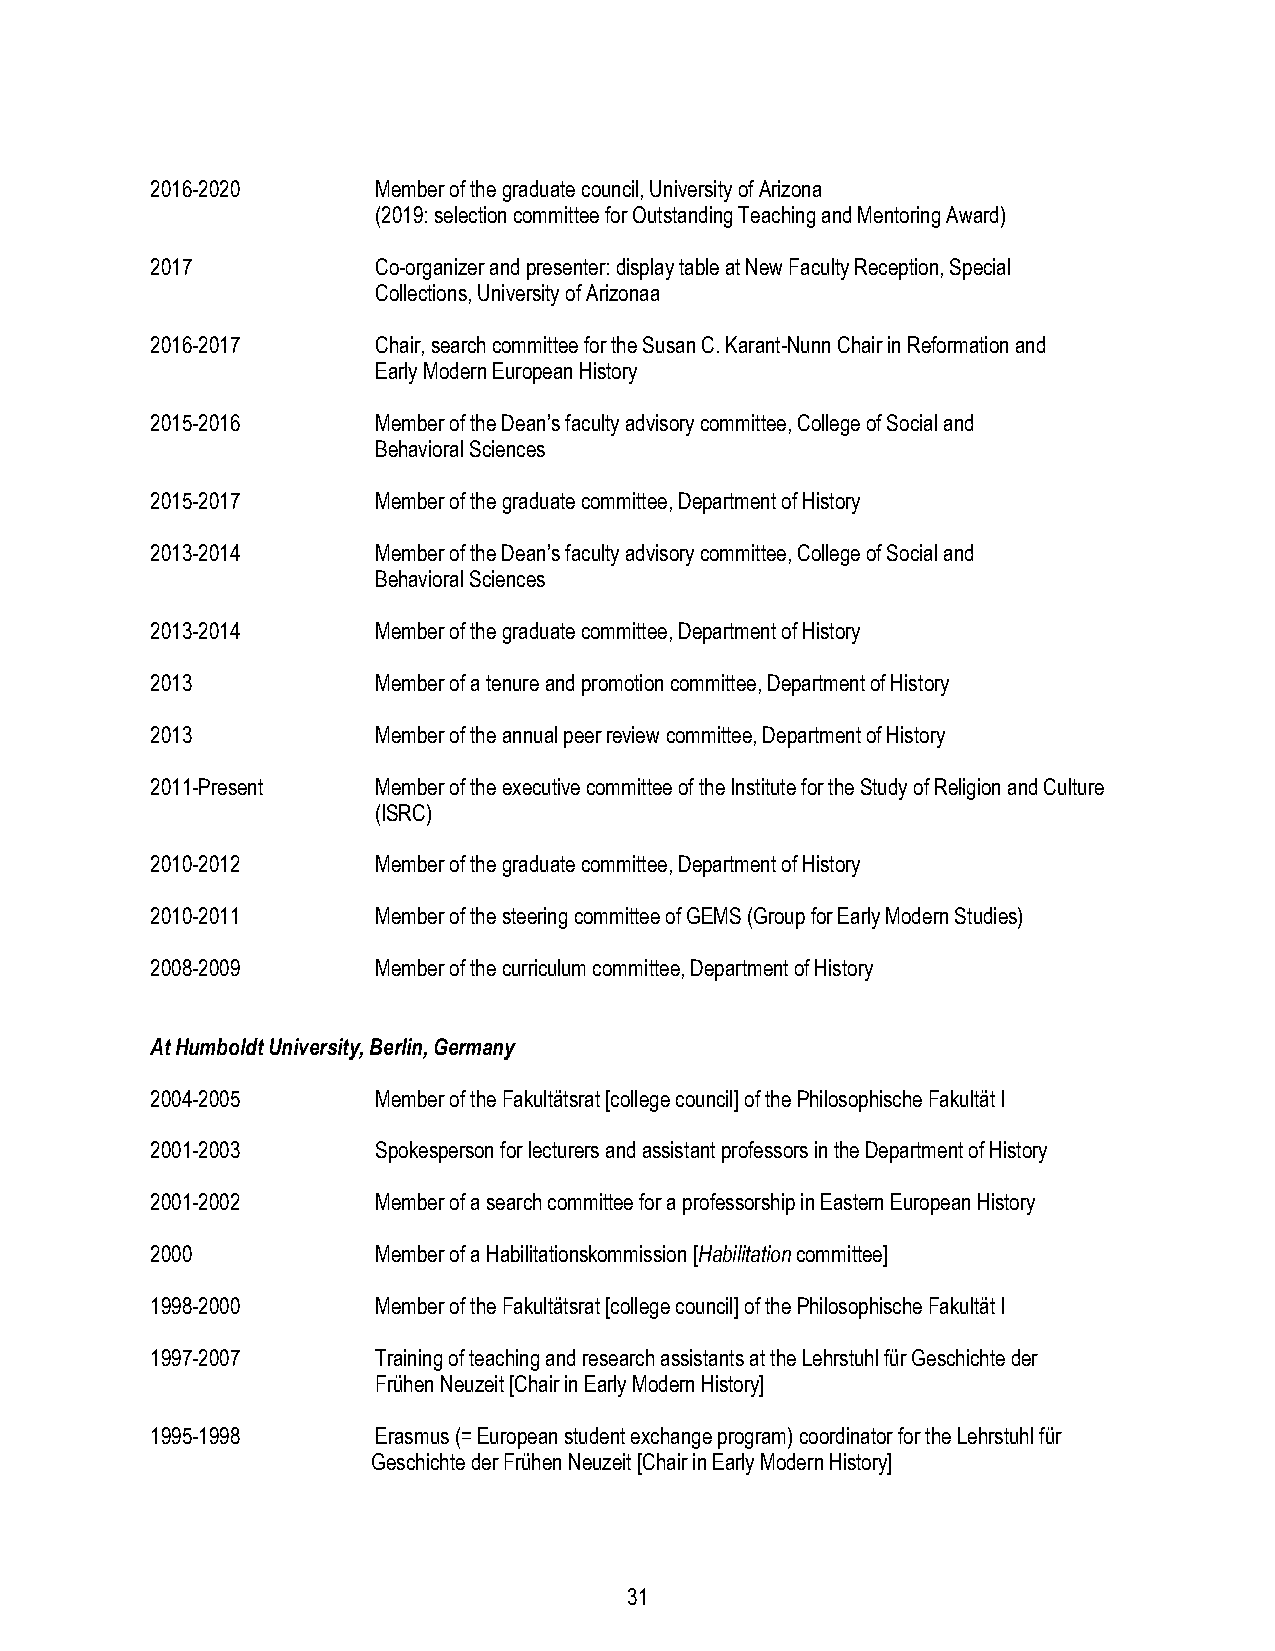
2016-2020      Member of the graduate council, University of Arizona
 (2019: selection committee for Outstanding Teaching and Mentoring Award)
 2017           Co-organizer and presenter: display table at New Faculty Reception, Special
 Collections, University of Arizonaa
 2016-2017      Chair, search committee for the Susan C. Karant-Nunn Chair in Reformation and
 Early Modern European History
 2015-2016      Member of the Dean’s faculty advisory committee, College of Social and
 Behavioral Sciences
 2015-2017      Member of the graduate committee, Department of History
 2013-2014      Member of the Dean’s faculty advisory committee, College of Social and
 Behavioral Sciences
 2013-2014      Member of the graduate committee, Department of History
 2013           Member of a tenure and promotion committee, Department of History
 2013           Member of the annual peer review committee, Department of History
 2011-Present   Member of the executive committee of the Institute for the Study of Religion and Culture
 (ISRC)
 2010-2012      Member of the graduate committee, Department of History
 2010-2011      Member of the steering committee of GEMS (Group for Early Modern Studies)
 2008-2009      Member of the curriculum committee, Department of History
 At Humboldt University, Berlin, Germany
 2004-2005      Member of the Fakultätsrat [college council] of the Philosophische Fakultät I
 2001-2003      Spokesperson for lecturers and assistant professors in the Department of History
 2001-2002      Member of a search committee for a professorship in Eastern European History
 2000           Member of a Habilitationskommission [Habilitation committee]
 1998-2000      Member of the Fakultätsrat [college council] of the Philosophische Fakultät I
 1997-2007      Training of teaching and research assistants at the Lehrstuhl für Geschichte der
 Frühen Neuzeit [Chair in Early Modern History]
 1995-1998      Erasmus (= European student exchange program) coordinator for the Lehrstuhl für
 Geschichte der Frühen Neuzeit [Chair in Early Modern History]
 31